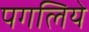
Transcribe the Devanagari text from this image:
पगलिये